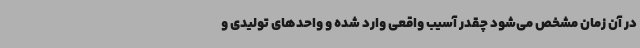
در آن زمان مشخص می‌شود چقدر آسیب واقعی وارد شده و واحدهای تولیدی و